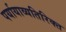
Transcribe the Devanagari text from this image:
पर्यायाव्यतिरिक्त